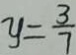
y = \frac { 3 } { 7 }